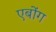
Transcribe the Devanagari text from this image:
एबोंग